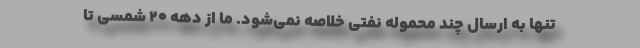
تنها به ارسال چند محموله نفتی خلاصه نمی‌شود. ما از دهه ۲۰ شمسی تا